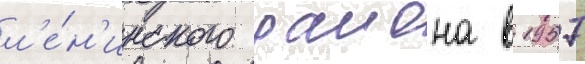
л'е́н'инского раиона в 1957